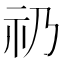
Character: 礽